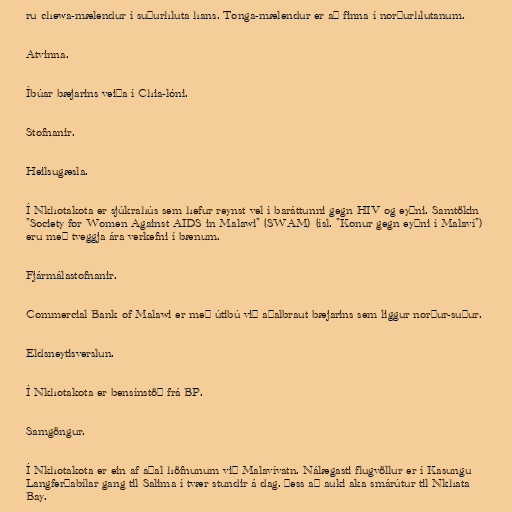
ru chewa-mælendur í suðurhluta hans. Tonga-mælendur er að finna í norðurhlutanum.

Atvinna.

Íbúar bæjarins veiða í Chia-lóni.

Stofnanir.

Heilsugæsla.

Í Nkhotakota er sjúkrahús sem hefur reynst vel í baráttunni gegn HIV og eyðni. Samtökin
"Society for Women Against AIDS in Malawi" (SWAM) (ísl. "Konur gegn eyðni í Malaví")
eru með tveggja ára verkefni í bænum.

Fjármálastofnanir.

Commercial Bank of Malawi er með útibú við aðalbraut bæjarins sem liggur norður-suður.

Eldsneytisverslun.

Í Nkhotakota er bensínstöð frá BP.

Samgöngur.

Í Nkhotakota er ein af aðal höfnunum við Malavívatn. Nálægasti flugvöllur er í Kasungu
Langferðabílar gang til Salima í tvær stundir á dag. Þess að auki aka smárútur til Nkhata
Bay.